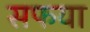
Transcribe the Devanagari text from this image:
सफया